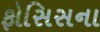
ફોસિસના